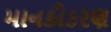
માનકીકરણ